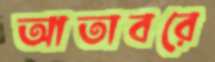
আতাবরে